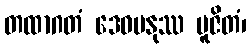
တထာဂတံ ဒေဝမနုဿ ပူဇိတံ၊